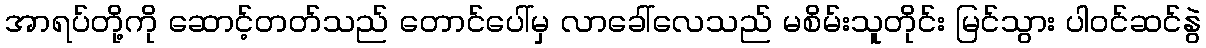
အာရပ်တို့ကို ဆောင့်တတ်သည် တောင်ပေါ်မှ လာခေါ်လေသည် မစိမ်းသူတိုင်း မြင်သွား ပါဝင်ဆင်နွဲ